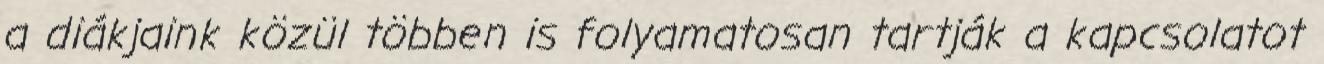
a diákjaink közül többen is folyamatosan tartják a kapcsolatot